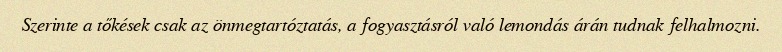
Szerinte a tőkések csak az önmegtartóztatás, a fogyasztásról való lemondás árán tudnak felhalmozni.